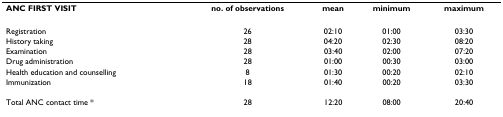
<table><thead><tr><td><b>ANC FIRST VISIT</b></td><td><b>no. of observations</b></td><td><b>mean</b></td><td><b>minimum</b></td><td><b>maximum</b></td></tr></thead><tbody><tr><td>Registration</td><td>26</td><td>02:10</td><td>01:00</td><td>03:30</td></tr><tr><td>History taking</td><td>28</td><td>04:20</td><td>02:30</td><td>08:20</td></tr><tr><td>Examination</td><td>28</td><td>03:40</td><td>02:00</td><td>07:20</td></tr><tr><td>Drug administration</td><td>28</td><td>01:00</td><td>00:30</td><td>03:00</td></tr><tr><td>Health education and counselling</td><td>8</td><td>01:30</td><td>00:20</td><td>02:10</td></tr><tr><td>Immunization</td><td>18</td><td>01:40</td><td>00:20</td><td>03:30</td></tr><tr><td>Total ANC contact time *</td><td>28</td><td>12:20</td><td>08:00</td><td>20:40</td></tr></tbody></table>